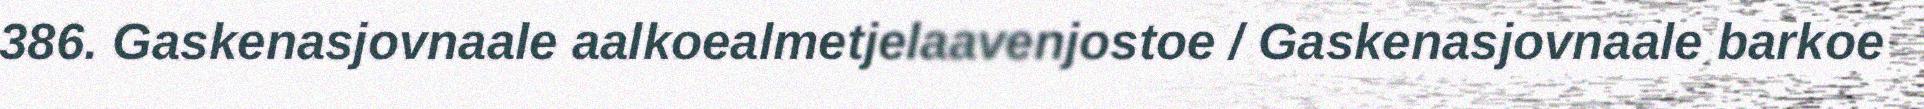
386. Gaskenasjovnaale aalkoealmetjelaavenjostoe / Gaskenasjovnaale barkoe